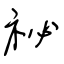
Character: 祕